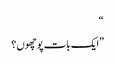
“
”ایک بات پوچھوں؟